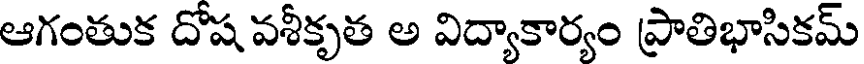
ఆగంతుక దోష వశీకృత అ విద్యాకార్యం ప్రాతిభాసికమ్